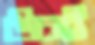
উচই